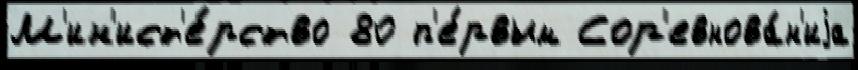
М'ин'ист'е́рство 80 п'е́рвым Сор'евнова́н'иjа